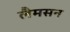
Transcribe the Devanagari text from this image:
लैमसन